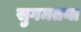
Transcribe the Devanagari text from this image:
सुगमतया